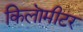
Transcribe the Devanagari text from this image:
किलॊमीटर